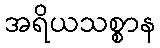
အရိယသစ္စာန